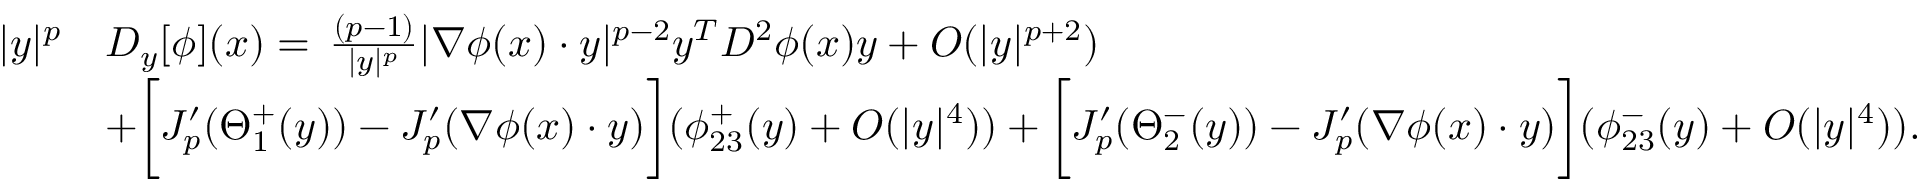
\begin{array} { r l } { | y | ^ { p } } & { D _ { y } [ \phi ] ( x ) = \, \frac { ( p - 1 ) } { | y | ^ { p } } | \nabla \phi ( x ) \cdot y | ^ { p - 2 } y ^ { T } D ^ { 2 } \phi ( x ) y + O ( | y | ^ { p + 2 } ) } \\ & { + \bigg [ J _ { p } ^ { \prime } ( \Theta _ { 1 } ^ { + } ( y ) ) - J _ { p } ^ { \prime } ( \nabla \phi ( x ) \cdot y ) \bigg ] ( \phi _ { 2 3 } ^ { + } ( y ) + O ( | y | ^ { 4 } ) ) + \bigg [ J _ { p } ^ { \prime } ( \Theta _ { 2 } ^ { - } ( y ) ) - J _ { p } ^ { \prime } ( \nabla \phi ( x ) \cdot y ) \bigg ] ( \phi _ { 2 3 } ^ { - } ( y ) + O ( | y | ^ { 4 } ) ) . } \end{array}